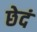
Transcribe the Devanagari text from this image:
छेदं